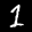
Label: 1